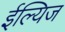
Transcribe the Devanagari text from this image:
ईल्यिज